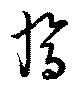
鳳